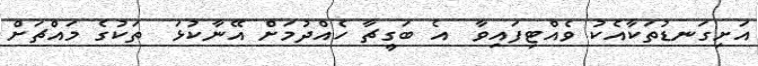
އަށިގަނޑުތަކާއެކު ވެއްޓިފައިވާ  އެ ބަގީޗާ ހެއްދުމަށް އޭނާކުޅަ  ތަކުގެ މައްޗަށް